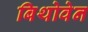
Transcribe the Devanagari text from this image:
बिथोवेन